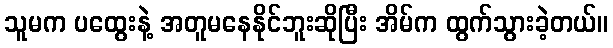
သူမက ပထွေးနဲ့ အတူမနေနိုင်ဘူးဆိုပြီး အိမ်က ထွက်သွားခဲ့တယ်။